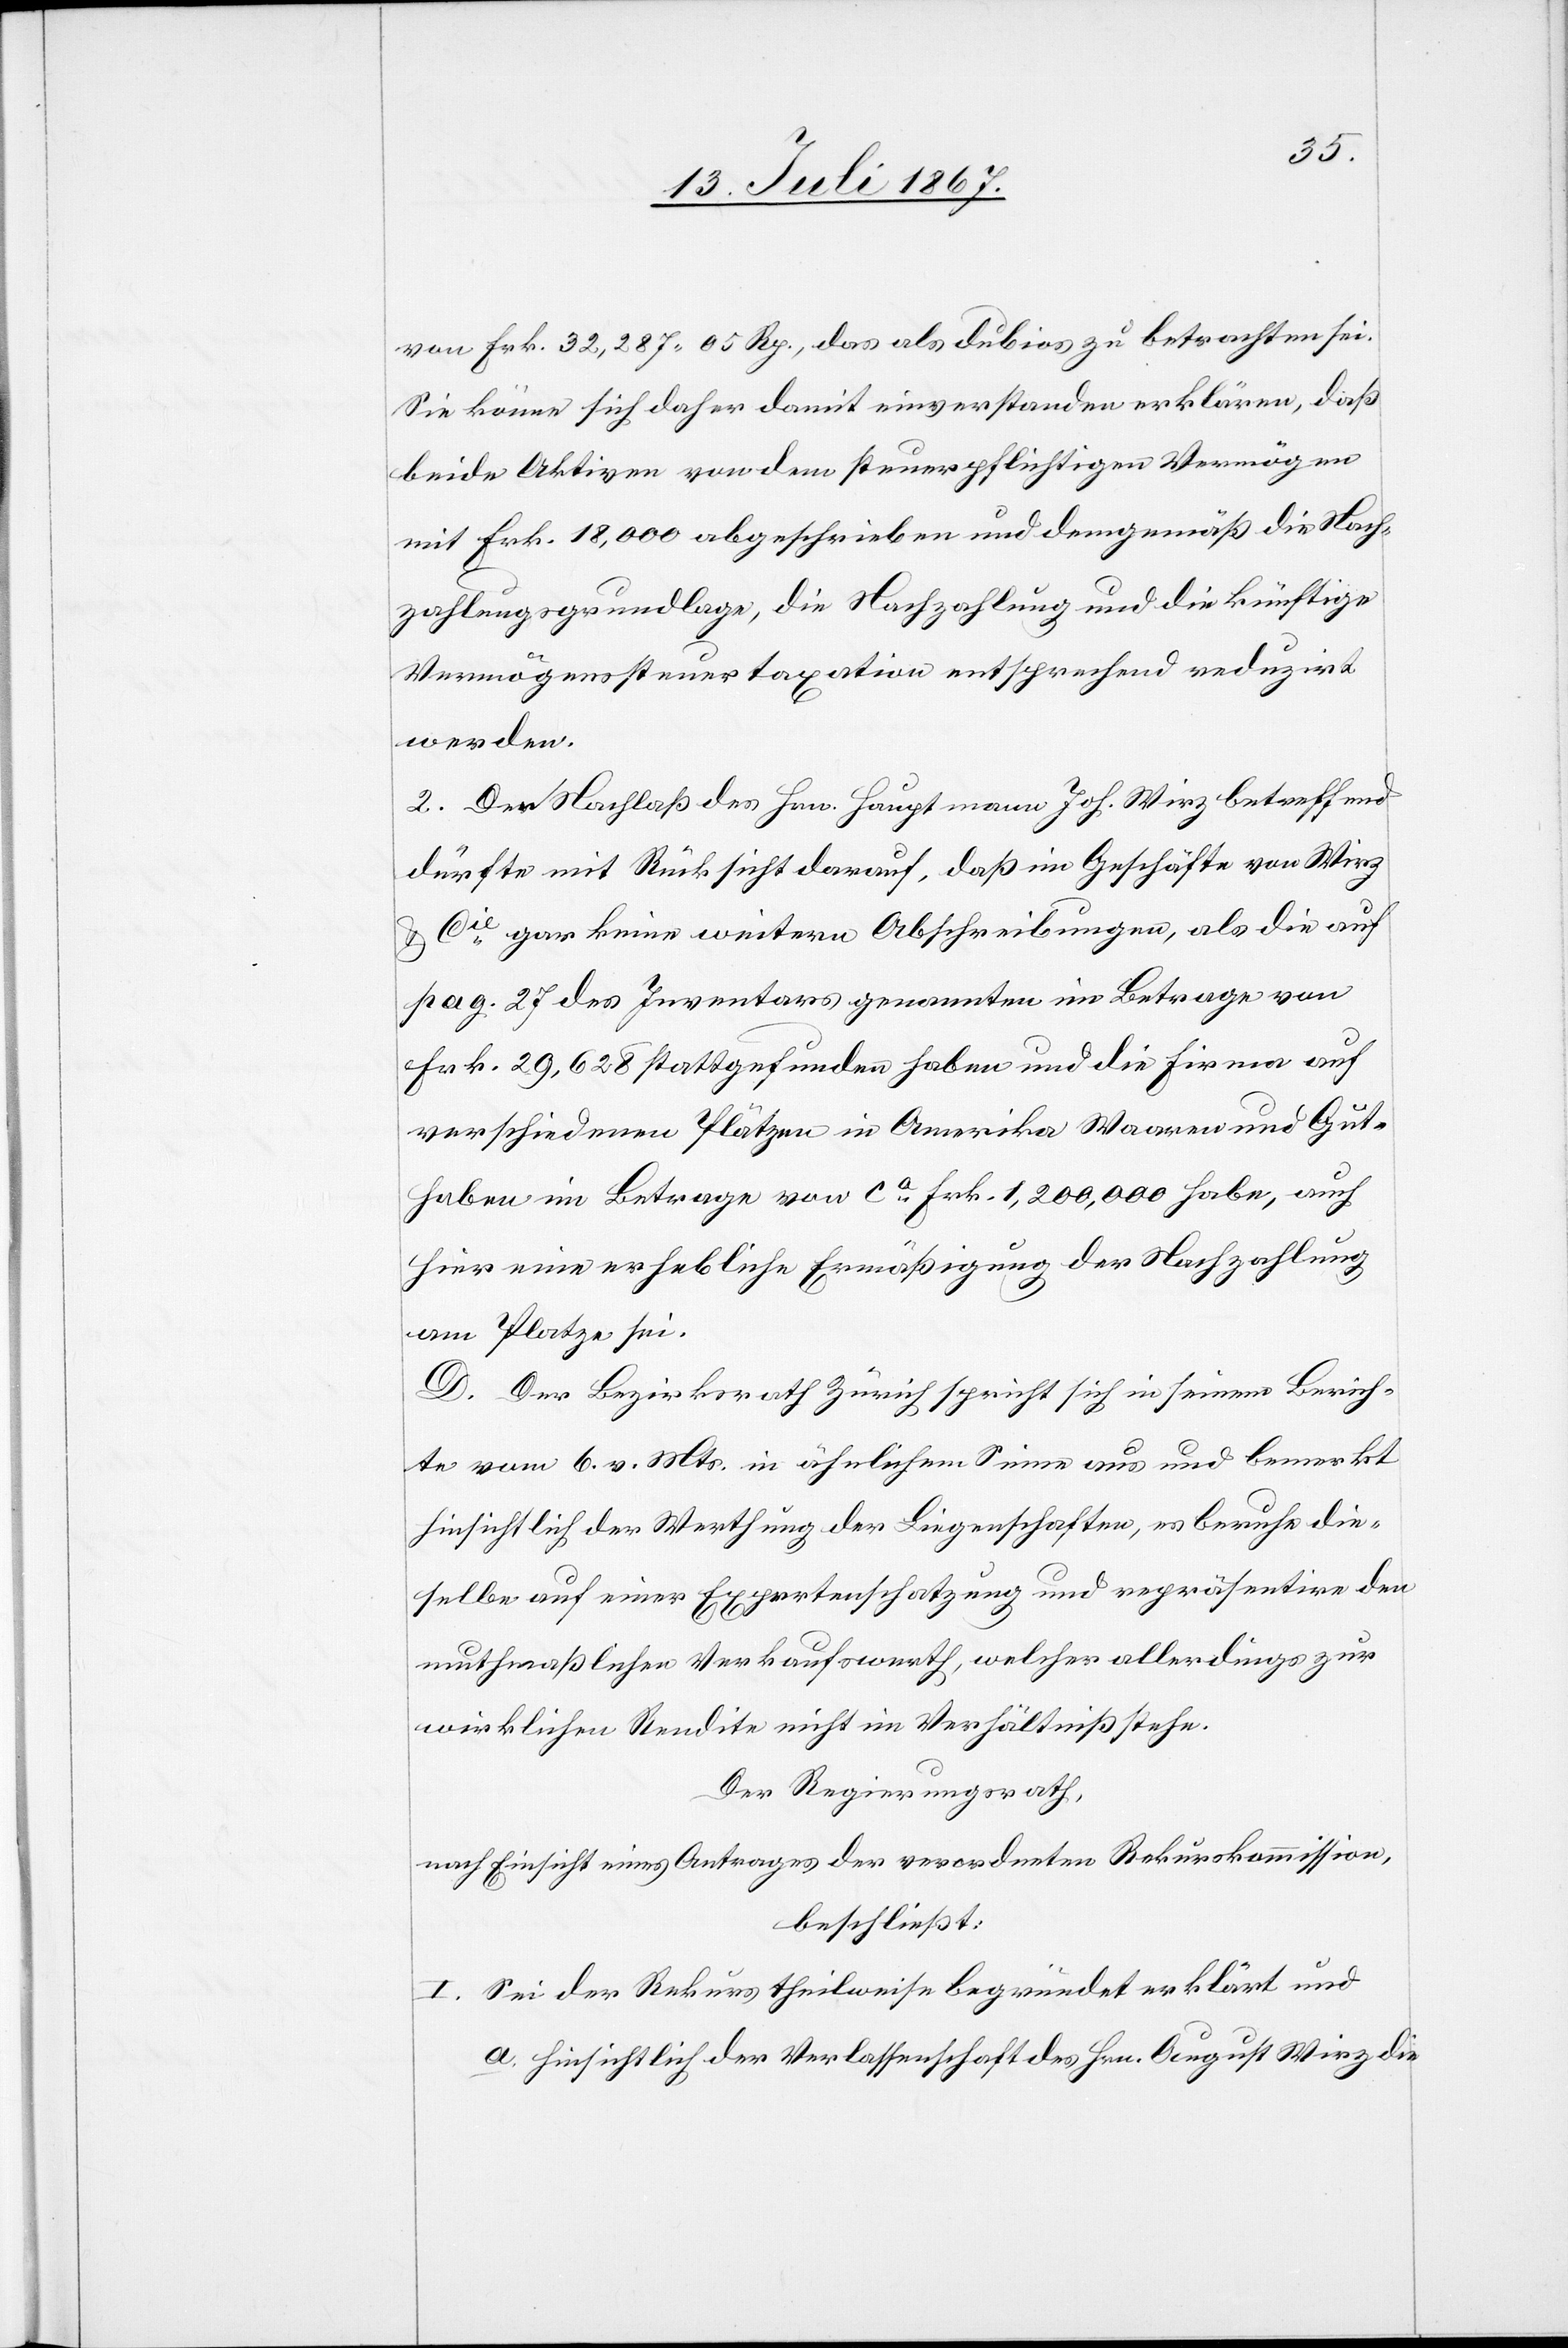
von Frk. 32 287.05 Rp., das als dubios zu betrachten sei.
Sie könne sich daher damit einverstanden erklären, daß
beide Aktiven von dem steuerpflichtigen Vermögen
mit Frk. 18 000 abgeschrieben und demgemäß die Nach¬
zahlungsgrundlage, die Nachzahlung die die künftige
Vermögenssteuertaxation entsprechend reduzirt
werden.
2. Den Nachlaß des Hrn. Hauptmann Joh. Wirz betreffend
dürfte mit Rücksicht darauf, daß im Geschäfte von Wirz
Cie. gar keine weitern Abschreibungen, als die auf
pag. 27 des Inventars genannten im Betrage von
Frk. 29 628 stattgefunden haben und die Firma auf
verschiedenen Plätzen in Amerika Waaren und Gut¬
haben im Betrage von ca. Frk. 1 200 000 habe, auch
hier eine erheblich Ermäßigung der Nachzahlung
am Platze sei.
D. Der Bezirksrath Zürich spricht sich in seinem Berich¬
te vom 6. v. Mts. in ähnlichem Sinne aus und bemerkt
hinsichtlich der Werthung der Liegenschaften, es beruhe die¬
selbe auf einer Expertenschatzung und repräsentire den
muthmaßlichen Verkaufswerth, welcher allerdings zur
wirklichen Rendite nicht im Verhältniß stehe.
Der Regierungsrath,
nach Einsicht eines Antrages der verordneten Rekurskommission,
beschließt:
I. Sei der Rekurs theilweise begründet erklärt und
a. hinsichtlich der Verlassenschaft des Hrn. August Wirz die